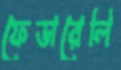
ফেডারেলি